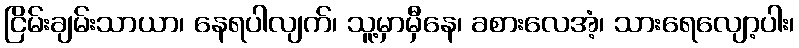
ငြိမ်းချမ်းသာယာ၊ နေရပါလျက်၊ သူ့မှာမှီနေ၊ ခစားလေအံ့၊ သားရေလျော့ပါး၊